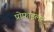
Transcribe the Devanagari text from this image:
प्रोफ़ाइलर